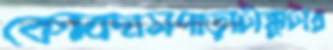
কোবদাসপাড়াটাক্কুটার